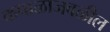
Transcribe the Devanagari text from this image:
कपाळाजवळील